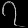
Digit: ၇